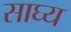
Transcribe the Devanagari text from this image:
साघ्य